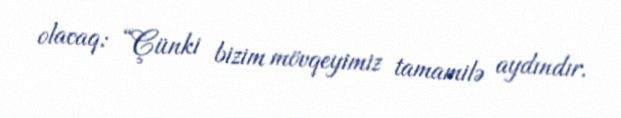
olacaq: “Çünki bizim mövqeyimiz tamamilə aydındır.